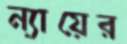
ন্যায়ের